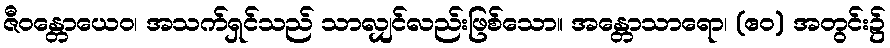
ဇီဝန္တောယေဝ၊ အသက်ရှင်သည် သာလျှင်လည်းဖြစ်သော။ အန္တောသာရော၊ (ဧဝ) အတွင်း၌